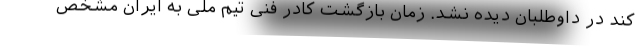
کند در داوطلبان دیده نشد. زمان بازگشت کادر فنی تیم ملی به ایران مشخص